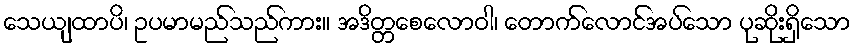
သေယျထာပိ၊ ဥပမာမည်သည်ကား။ အဒိတ္တစေလောဝါ၊ တောက်လောင်အပ်သော ပုဆိုးရှိသော